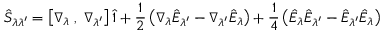
\hat { S } _ { \lambda \lambda ^ { \prime } } = \left[ \nabla _ { \lambda } \; , \; \nabla _ { \lambda ^ { \prime } } \right] \hat { 1 } + \frac { 1 } { 2 } \left( \nabla _ { \lambda } \hat { E } _ { \lambda ^ { \prime } } - \nabla _ { \lambda ^ { \prime } } \hat { E } _ { \lambda } \right) + \frac { 1 } { 4 } \left( \hat { E } _ { \lambda } \hat { E } _ { \lambda ^ { \prime } } - \hat { E } _ { \lambda ^ { \prime } } \hat { E } _ { \lambda } \right)